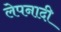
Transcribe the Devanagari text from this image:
लेपनादी